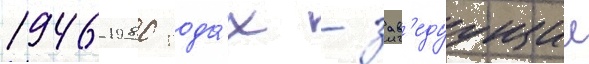
1946-1980 года́х - зав'едуущии